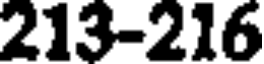
213-216